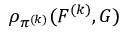
\rho _ { \pi ^ { ( k ) } } ( F ^ { ( k ) } , G )